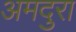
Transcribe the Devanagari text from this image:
अमदुरा